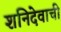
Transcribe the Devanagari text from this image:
शनिदेवाची